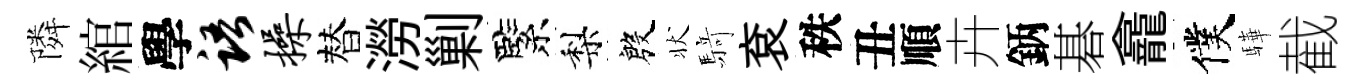
隣綰學语操替澇剿緊梨殷状𮪍袞秩丑順卉鈵碁龕僕驊截